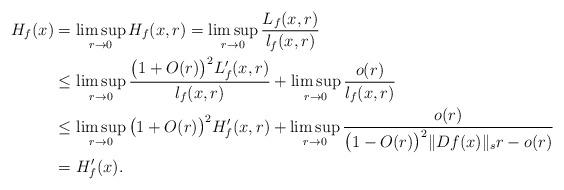
LaTeX: \begin{align*}H_f(x)&=\limsup_{r\to 0}H_f(x,r)=\limsup_{r\to 0}\frac{L_f(x,r)}{l_f(x,r)}\\&\leq \limsup_{r\to 0}\frac{\big(1+O(r)\big)^2L_f'(x,r)}{l_f(x,r)}+\limsup_{r\to 0}\frac{o(r)}{l_f(x,r)}\\&\leq \limsup_{r\to 0}\big(1+O(r)\big)^2H_f'(x,r)+\limsup_{r\to 0}\frac{o(r)}{\big(1-O(r)\big)^2\|Df(x)\|_sr-o(r)}\\&=H_f'(x).\end{align*}